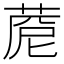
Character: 𦴓